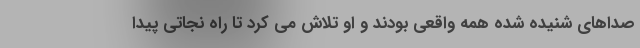
صداهای شنیده شده همه واقعی بودند و او تلاش می کرد تا راه نجاتی پیدا